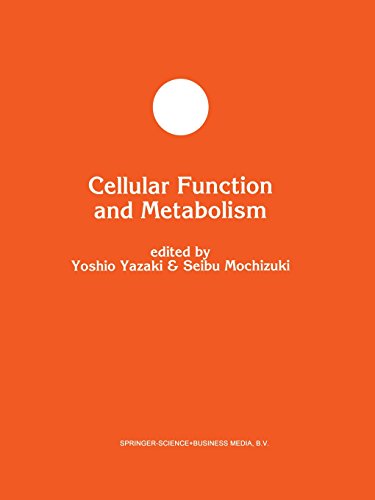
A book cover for Cellular Function and Metabolism (Developments in Molecular and Cellular Biochemistry); Medical Books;